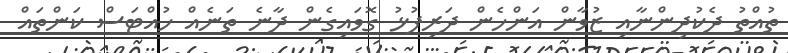
ތުއްތު ދެކުދިންނާއި ޒުވާން އަންހެން ދަރިފުޅު ގޮވައިގެން ދާނެ ތަނެއް ހުއްޓަސް ކަންތައް